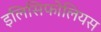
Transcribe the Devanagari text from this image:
इलिसिफोलियस